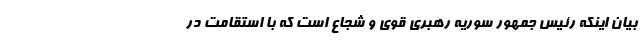
بیان اینکه رئیس جمهور سوریه رهبری قوی و شجاع است که با استقامت در